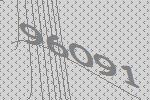
96091